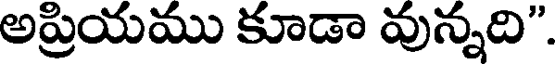
అప్రియము కూడా వున్నది".